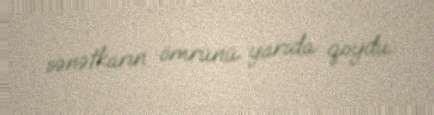
sənətkarın ömrünü yarıda qoydu.